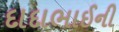
દાદાભાઈની